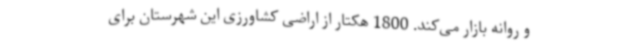
و روانه بازار می‌کند. 1800 هکتار از اراضی کشاورزی این شهرستان برای